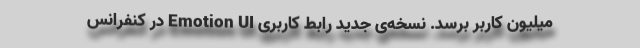
میلیون کاربر برسد. نسخه‌ی جدید رابط کاربری Emotion UI در کنفرانس